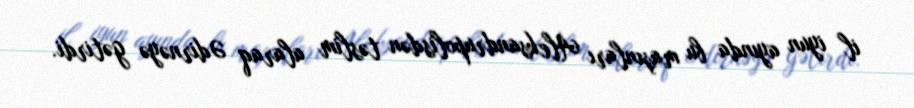
il iyun ayında bu maşınları Aleksandrupolisdən təslim alaraq Ədirnəyə gətirdi.